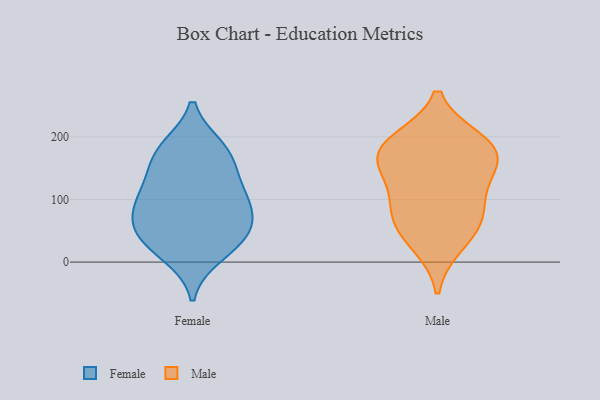
{"axis": {"x": "Temperature (°C)", "y": "Value"}, "legend": ["Female", "Male"], "data": [{"x": "", "y": 172, "type": "Female"}, {"x": "", "y": 134, "type": "Female"}, {"x": "", "y": 54, "type": "Female"}, {"x": "", "y": 86, "type": "Female"}, {"x": "", "y": 28, "type": "Female"}, {"x": "", "y": 102, "type": "Female"}, {"x": "", "y": 84, "type": "Female"}, {"x": "", "y": 39, "type": "Female"}, {"x": "", "y": 118, "type": "Female"}, {"x": "", "y": 176, "type": "Female"}, {"x": "", "y": 182, "type": "Female"}, {"x": "", "y": 12, "type": "Female"}, {"x": "", "y": 57, "type": "Female"}, {"x": "", "y": 126, "type": "Male"}, {"x": "", "y": 163, "type": "Male"}, {"x": "", "y": 183, "type": "Male"}, {"x": "", "y": 78, "type": "Male"}, {"x": "", "y": 29, "type": "Male"}, {"x": "", "y": 56, "type": "Male"}, {"x": "", "y": 85, "type": "Male"}, {"x": "", "y": 193, "type": "Male"}, {"x": "", "y": 185, "type": "Male"}, {"x": "", "y": 154, "type": "Male"}]}